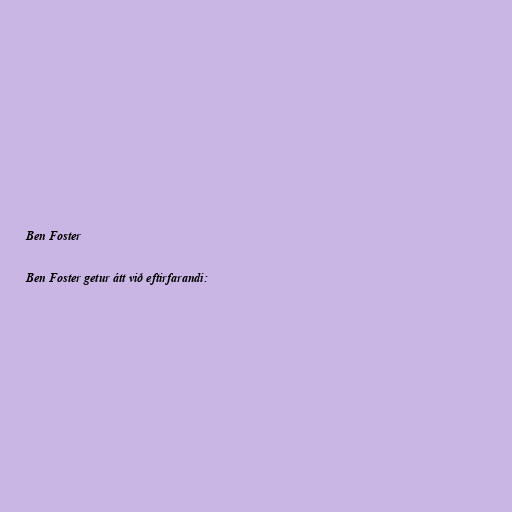
Ben Foster

Ben Foster getur átt við eftirfarandi: